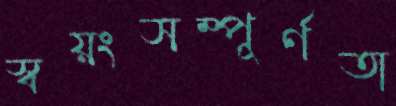
স্বয়ংসম্পূর্ণতা